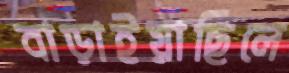
বাড়াইয়াছিলে